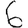
Digit: 6